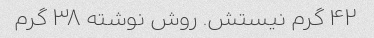
۴۲ گرم نیستش. روش نوشته ۳۸ گرم